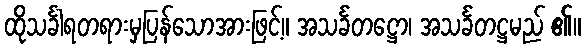
ထိုသင်္ခါရတရားမှပြန်သောအားဖြင့်။ အသင်္ခတဋ္ဌော၊ အသင်္ခတဋ္ဌမည် ၏။